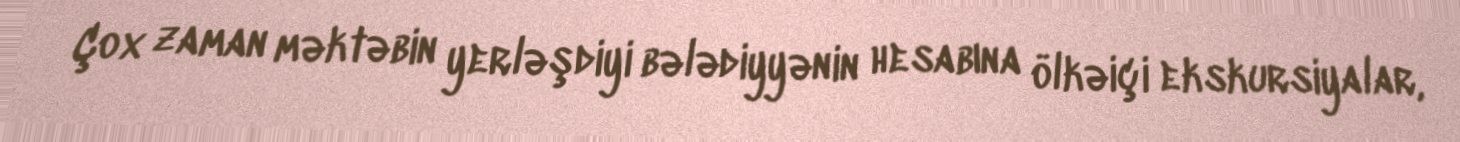
Çox zaman məktəbin yerləşdiyi bələdiyyənin hesabına ölkəiçi ekskursiyalar,